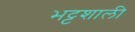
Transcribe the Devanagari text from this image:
भट्टशाली